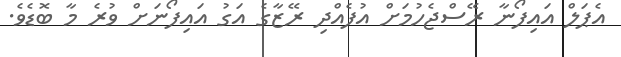
އެޕަލް އައިފޯނާ ރޭސްޖެހުމަށް އުފެއްދި ރޭޒާގެ އަގު އައިފޯނަށް ވުރެ މާ ބޮޑެވެ.